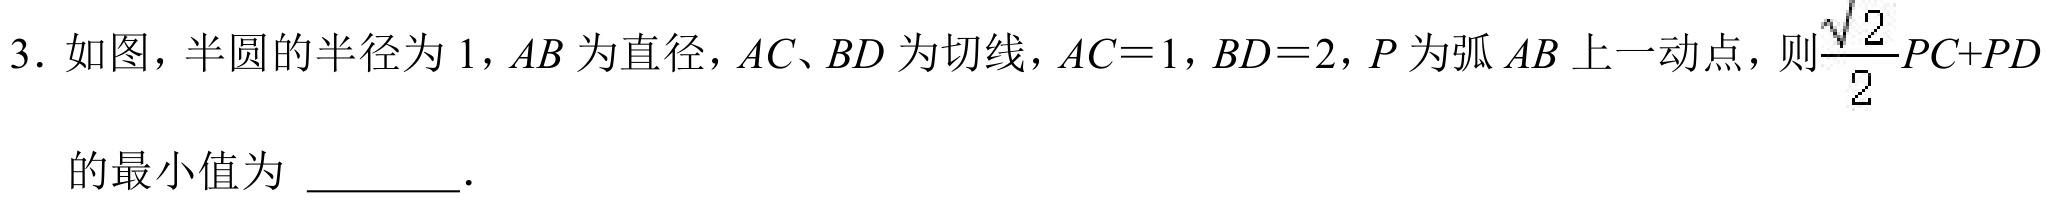
3. 如图，半圆的半径为\(1\)，\(AB\)为直径，\(AC\)、\(BD\)为切线，\(AC = 1\)，\(BD = 2\)，\(P\)为弧\(AB\)上一动点，则\(\dfrac{\sqrt{2}}{2}PC + PD\)
的最小值为  ．